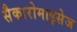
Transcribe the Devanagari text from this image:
सैकारोमाइसेज